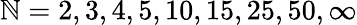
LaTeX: \mathbb{N}=2,3,4,5,10,15,25,50,\infty